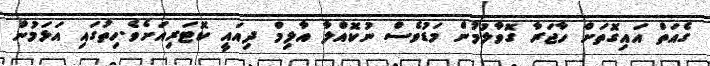
ގެއަތް އައިގޮތަށް ހާޖަރާ ގޮވާލުމުން މަޑުވެސް ނުކޮއްލާ އާލިމް ދިއައީ ކޮޓަރިއަށެވެ.ހިތުގައި އަޅަމުން